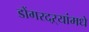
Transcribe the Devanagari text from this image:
डोंगरदऱ्यांमधे